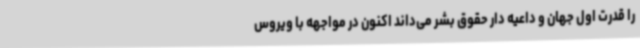
را قدرت اول جهان و داعیه دار حقوق بشر می‌داند اکنون در مواجهه با ویروس